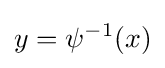
y=\psi ^{-1}(x)